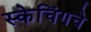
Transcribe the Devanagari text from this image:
स्केचिंगचे